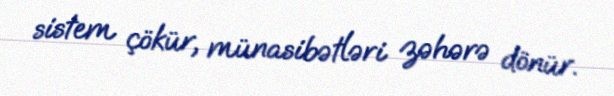
sistem çökür, münasibətləri zəhərə dönür.